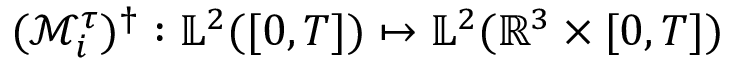
( \mathcal { M } _ { i } ^ { \tau } ) ^ { \dag } : \mathbb { L } ^ { 2 } ( [ 0 , T ] ) \mapsto \mathbb { L } ^ { 2 } ( \mathbb { R } ^ { 3 } \times [ 0 , T ] )